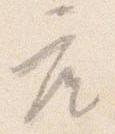
座